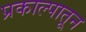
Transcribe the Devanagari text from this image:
प्रकाल्पातून